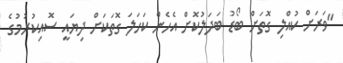
"ވަރަށް ކުއްލި ގޮތަށް ބޯޑު ބަދަލުކޮށް އެހެން ކަހަލަ ގޮތަކަށް ދިޔައީ ސޮއިކުރުމުގެ